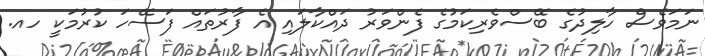
ނަމަވެސް ހާލިދުގެ ބޭސްވެރިކަމުގެ ފެންވަރު ދައްކާލައި އެ ފާރުތައް ފަސޭހަ ކުރުމަކީ ހއ.